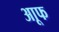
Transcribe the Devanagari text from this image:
आूफ